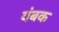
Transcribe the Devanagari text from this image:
यंबक